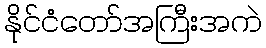
နိုင်ငံတော်အကြီးအကဲ